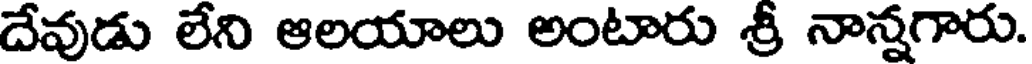
దేవుడు లేని ఆలయాలు అంటారు శ్రీ నాన్నగారు.